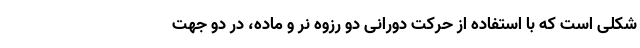
شکلی است که با استفاده از حرکت دورانی دو رزوه نر و ماده، در دو جهت